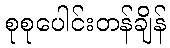
စုစုပေါင်းတန်ချိန်